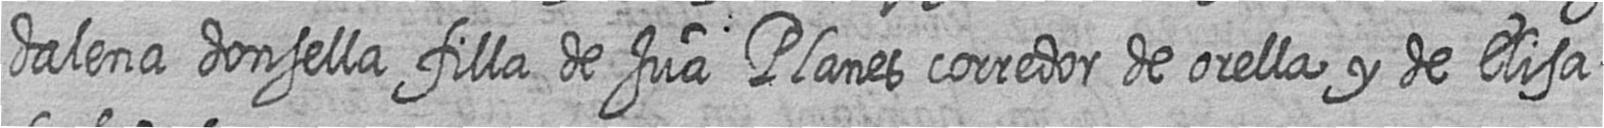
dalena donsella filla de Jua Planes corredor de orella y de Elisa=